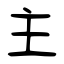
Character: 主